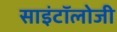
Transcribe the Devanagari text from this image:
साइंटॉलोजी